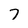
Character: 7